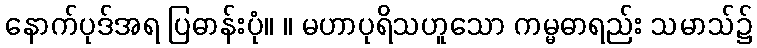
နောက်ပုဒ်အရ ပြဓာန်းပုံ။ ။ မဟာပုရိသဟူသော ကမ္မဓာရည်း သမာသ်၌